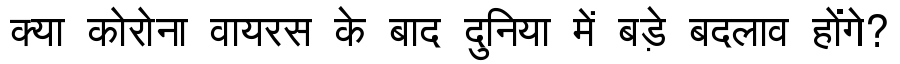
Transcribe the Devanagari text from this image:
क्या कोरोना वायरस के बाद दुनिया में बड़े बदलाव होंगे?